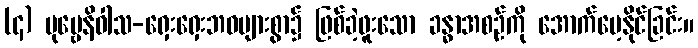
(၄) ပုဗ္ဗေနိဝါသ-ရှေးရှေးဘဝများစွာ၌ ဖြစ်ခဲ့ဖူးသော ခန္ဓာအစဉ်ကို အောက်မေ့နိုင်ခြင်း။